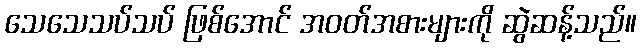
သေသေသပ်သပ် ဖြစ်အောင် အဝတ်အစားများကို ဆွဲဆန့်သည်။